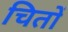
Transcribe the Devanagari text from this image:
चितों